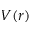
V ( r )